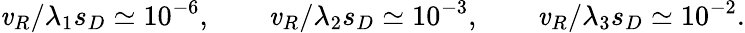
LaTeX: \mathit{v}_{R}/{\lambda_{1}s_{D}}\simeq10^{-6},\qquad\mathit{v}_{R}/{\lambda_{2}s_{D}}\simeq10^{-3},\qquad\mathit{v}_{R}/{\lambda_{3}s_{D}}\simeq10^{-2}.